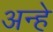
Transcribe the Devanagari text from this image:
अन्हे